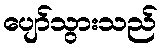
ပျော်သွားသည်